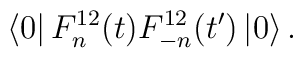
\left\langle 0\right|  F_{n}^{12}(t)F_{-n}^{12}(t^{\prime})\left|0\right\rangle .